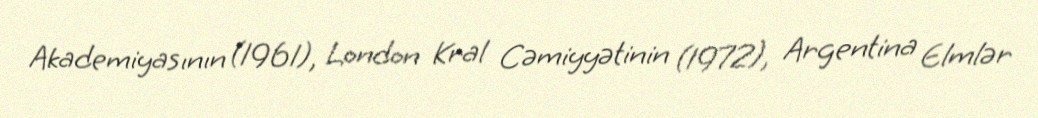
Akademiyasının (1961), London Kral Cəmiyyətinin (1972), Argentina Elmlər